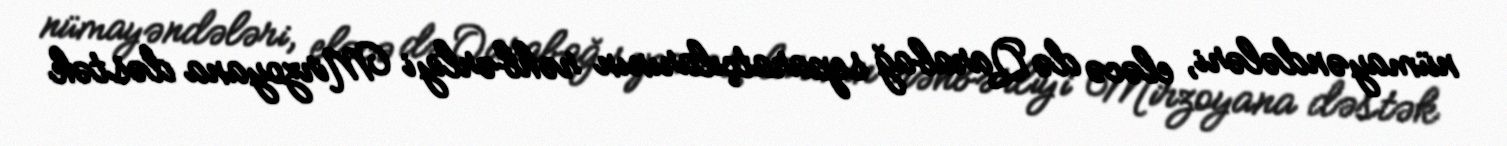
nümayəndələri, eləcə də Qarabağ separatçılarının rəhbərliyi Mirzoyana dəstək